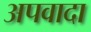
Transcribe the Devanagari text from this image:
अपवादा